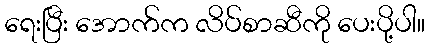
ရေးပြီး အောက်က လိပ်စာဆီကို ပေးပို့ပါ။